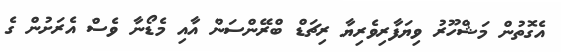
އެގޮތުން މަޝްހޫރު ވިޔަފާރިވެރިޔާ ރިޗަޑް ބްރޭންސަން އާއި މެޑޯނާ ވެސް އެރަށުން ގެ